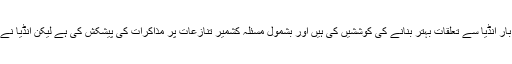
خواجہ آصف نے اپنے خطاب میں انڈیا کے بارے میں کہا کہ پاکستانی حکومت نے متعدد بار انڈیا سے تعلقات بہتر بنانے کی کوششیں کی ہیں اور بشمول مسئلہ کشمیر تنازعات پر مذاکرات کی پیشکش کی ہے لیکن انڈیا نے اس کا مثبت جواب نہیں دیا بلکہ لائن آف کنٹرول پر جنگ بندی کی خلاف ورزیاں کی ہیں۔